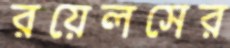
রয়েলসের